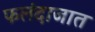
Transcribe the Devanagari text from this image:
फलंदाजात